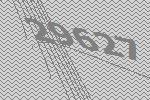
29627